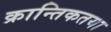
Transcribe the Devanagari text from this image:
क्रान्तिकतया